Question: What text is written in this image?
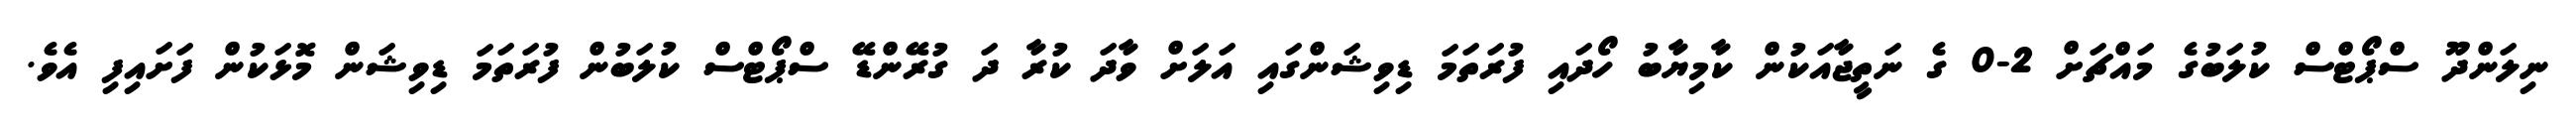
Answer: ނިލަންދޫ ސްޕޯޓްސް ކުލަބުގެ މައްޗަށް 2-0 ގެ ނަތީޖާއަކުން ކާމިޔާބު ހޯދައި ފުރަތަމަ ޑިވިޝަންގައި އަލަށް ވާދަ ކުރާ ދަ ގުރޭންޑޭ ސްޕޯޓްސް ކުލަބުން ފުރަތަމަ ޑިވިޝަން މޮޅަކުން ފަށައިފި އެވެ.